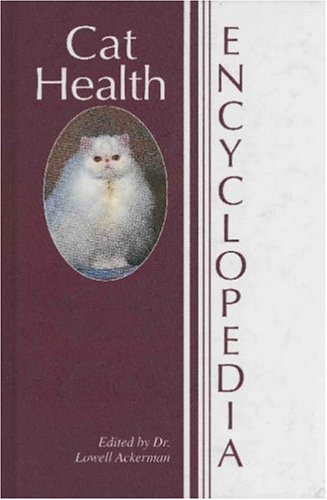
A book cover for Cat Health Encyclopedia; Reference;